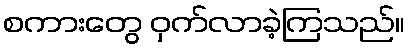
စကားတွေ ဝှက်လာခဲ့ကြသည်။